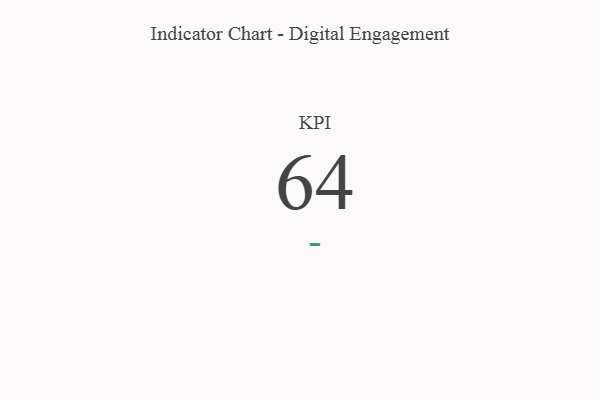
{"axis": {"x": "KPI", "y": "Value"}, "legend": [""], "data": [{"x": "KPI", "y": 64, "type": ""}]}